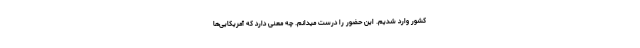
کشور وارد شدیم. این حضور را درست میدانم. چه معنی دارد که آمریکایی‌ها